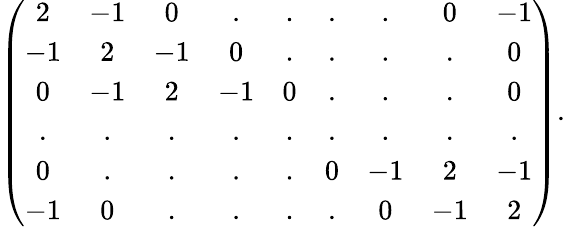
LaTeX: \left(\begin{array}{ccccccccc}{{2}}&{{-1}}&{{0}}&{{.}}&{{.}}&{{.}}&{{.}}&{{0}}&{{-1}}\\ {{-1}}&{{2}}&{{-1}}&{{0}}&{{.}}&{{.}}&{{.}}&{{.}}&{{0}}\\ {{0}}&{{-1}}&{{2}}&{{-1}}&{{0}}&{{.}}&{{.}}&{{.}}&{{0}}\\ {{.}}&{{.}}&{{.}}&{{.}}&{{.}}&{{.}}&{{.}}&{{.}}&{{.}}\\ {{0}}&{{.}}&{{.}}&{{.}}&{{.}}&{{0}}&{{-1}}&{{2}}&{{-1}}\\ {{-1}}&{{0}}&{{.}}&{{.}}&{{.}}&{{.}}&{{0}}&{{-1}}&{{2}}\end{array}\right).